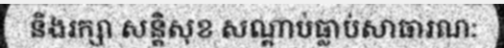
និងរក្សា សន្តិសុខ សណ្តាប់ធ្លាប់សាធារណ: